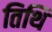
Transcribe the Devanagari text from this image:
तिथि